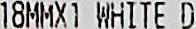
18MMX1 WHITE D